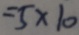
= 5 \times 1 0